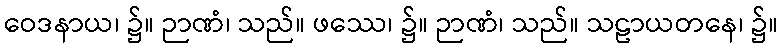
ဝေဒနာယ၊ ၌။ ဉာဏံ၊ သည်။ ဖဿေ၊ ၌။ ဉာဏံ၊ သည်။ သဠာယတနေ၊ ၌။